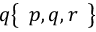
q { \left\{ \begin{array} { l } { p , q , r } \end{array} \right\} }